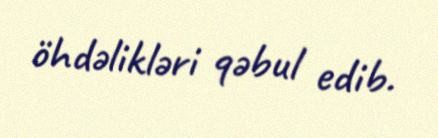
öhdəlikləri qəbul edib.